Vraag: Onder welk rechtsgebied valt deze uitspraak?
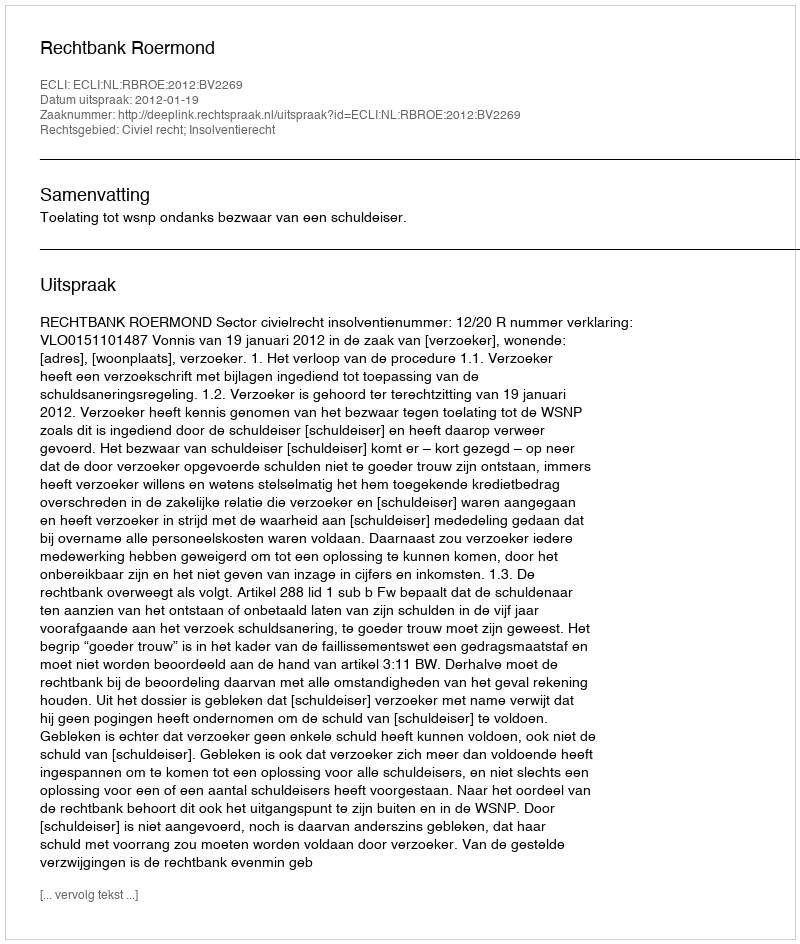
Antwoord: Civiel recht; Insolventierecht